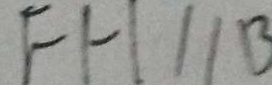
F H / / B